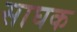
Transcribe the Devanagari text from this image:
साघक